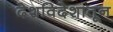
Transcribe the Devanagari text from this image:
देशविदेशातून